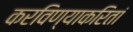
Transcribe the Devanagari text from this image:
करविण्याकरितां